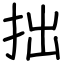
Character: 拙